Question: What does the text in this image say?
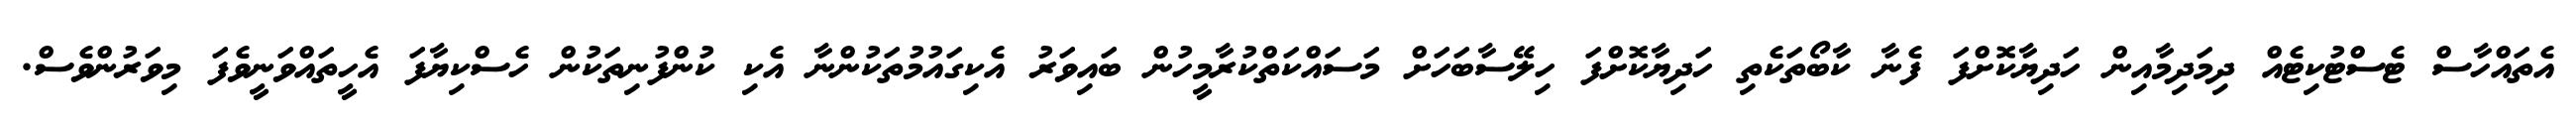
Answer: އެތައްހާސް ޓެސްޓުކިޓެއް ދިމަދިމާއިން ހަދިޔާކޮށްފަ ފެނާ ކާބޯތަކެތި ހަދިޔާކޮށްފަ ހިލޭސާބަހަށް މަސައްކަތްކުރާމީހުން ބައިވަރު އެކިގައުމުތަކުންނާ އެކި ކުންފުނިތަކުން ހެސްކިޔާފަ އެހީތައްވަނީވެފަ މިވަރުންވެސް.